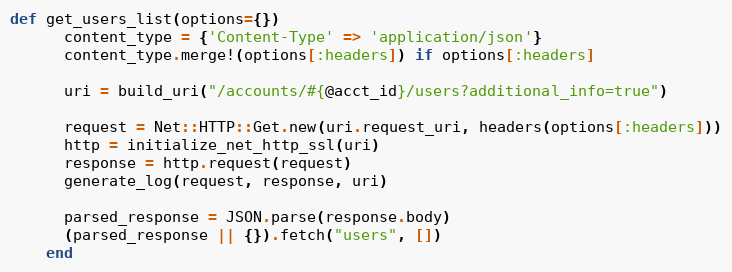
Language: Ruby
def get_users_list(options={})
      content_type = {'Content-Type' => 'application/json'}
      content_type.merge!(options[:headers]) if options[:headers]

      uri = build_uri("/accounts/#{@acct_id}/users?additional_info=true")

      request = Net::HTTP::Get.new(uri.request_uri, headers(options[:headers]))
      http = initialize_net_http_ssl(uri)
      response = http.request(request)
      generate_log(request, response, uri)

      parsed_response = JSON.parse(response.body)
      (parsed_response || {}).fetch("users", [])
    end